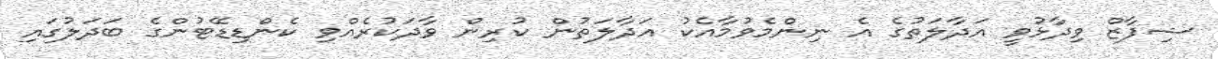
ޝިފާޒް ވިދާޅުވީ އަދާލަތުގެ އެ ނިންމެވުމާއެކު އަދާލަތުން ކުރިން ވާދަކުރެއްވި ކެންޑިޑޭޓުންގެ ބަދަލުގައި